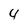
Character: 4